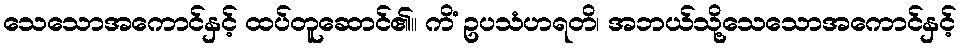
သေသောအကောင်နှင့် ထပ်တူဆောင်၏။ ကိံ ဥပသံဟရတိ၊ အဘယ်သို့သေသောအကောင်နှင့်